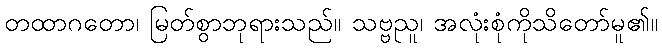
တထာဂတော၊ မြတ်စွာဘုရားသည်။ သဗ္ဗညူ၊ အလုံးစုံကိုသိတော်မူ၏။